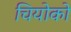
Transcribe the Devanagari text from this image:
चियोको